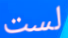
لست